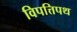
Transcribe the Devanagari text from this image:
विपत्तिपथ